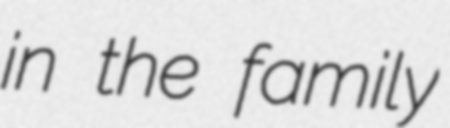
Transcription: in the family